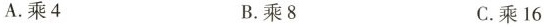
A.乘4 B.乘8 C.剩16